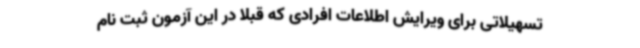
تسهیلاتی برای ویرایش اطلاعات افرادی که قبلا در این آزمون ثبت نام